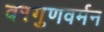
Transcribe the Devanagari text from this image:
वरगुणवर्मन